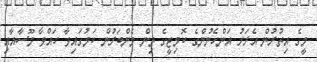
މީގެ އިތުރުން އެރަށު އަންހެނުންގެ ކޮމިޓީގެ ތިން މެންބަރުން ކަމުގައިވާ ހައްވާ މޫސާއާއި